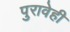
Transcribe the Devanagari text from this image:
पुरावेही